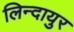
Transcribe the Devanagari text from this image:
लिन्दायुर